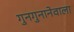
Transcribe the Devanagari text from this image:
गुनगुनानेवाला